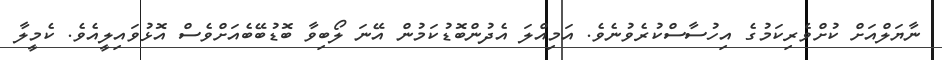
ނާޔަލްއަށް ކުށްވެރިކަމުގެ އިހުސާސްކުރެވުނެވެ. އަމިއްލަ އެދުންބޮޑުކަމުން އޭނަ ލޯބިވާ ބޮޑުބޭބެއަށްވެސް އޮޅުވައިލީއެވެ. ކެމީލާ